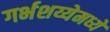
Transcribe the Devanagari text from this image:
गर्भशय्येमध्ये